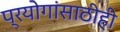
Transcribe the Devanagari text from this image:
प्रयोगांसाठीही